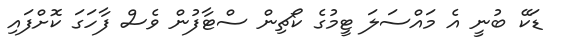
ޑަކޭ ބުނީ އެ މައްސަލަ ޓީމުގެ ކޯޗިން ސްޓާފުން ވެސް ފާހަގަ ކޮށްފައި